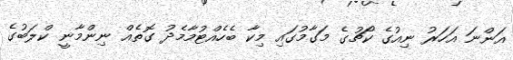
އަންނަ އަހަރު ނިއުގެ ކޯޗުގެ މަގާމުގައި މިކާ ބެހެއްޓުމާމެދު ގޮތެއް ނިންމާނީ ކްލަބުގެ